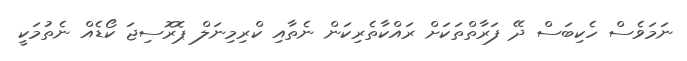
ނަމަވެސް ހެކިބަސް ދޭ ފަރާތްތަކަށް ރައްކާތެރިކަން ނެތާއި ކްރިމިނަލް ޕޮރޮސިޖަ ކޯޑެއް ނެތުމަކީ